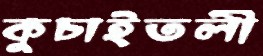
কুচাইতলী